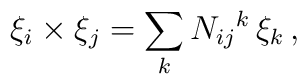
\xi_i \times \xi_j = \sum_k N_{ij} {}^k \, \xi_k \,,